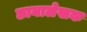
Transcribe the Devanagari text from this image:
छायालेखक